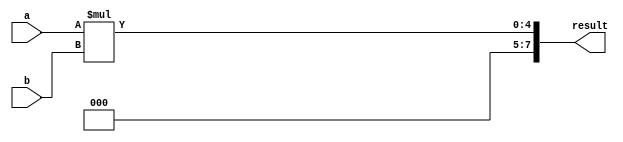
module booth_multiplier (
  input [3:0] a,
  input [3:0] b,
  output [7:0] result
);

  reg [4:0] product;
  reg [7:0] result_reg;
  
  always @(*) begin
    product = a * b;
    result_reg = product;
  end

  assign result = result_reg;

endmodule